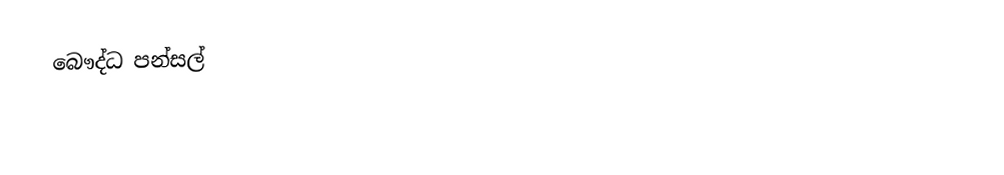
බෞද්ධ පන්සල්